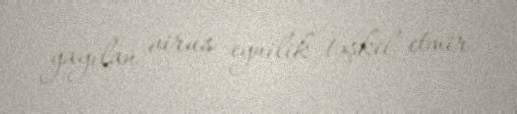
yayılan virus eynilik təşkil etmir.